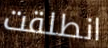
انطلقت